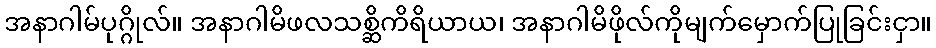
အနာဂါမ်ပုဂ္ဂိုလ်။ အနာဂါမိဖလသစ္ဆိကိရိယာယ၊ အနာဂါမိဖိုလ်ကိုမျက်မှောက်ပြုခြင်းငှာ။